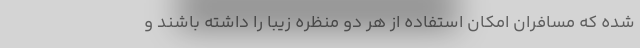
شده که مسافران امکان استفاده از هر دو منظره زیبا را داشته باشند و